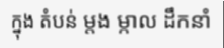
ក្នុង តំបន់ ម្តង ម្កាល ដឹកនាំ